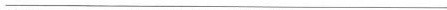
___